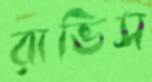
রাভিস